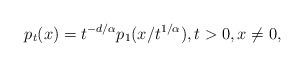
LaTeX: \begin{align*}p_t(x)=t^{-d/\alpha}p_1(x/t^{1/\alpha}),t>0, x\neq 0,\end{align*}